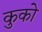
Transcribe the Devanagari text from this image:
कुको